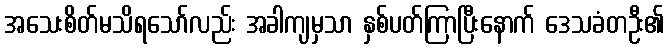
အသေးစိတ်မသိရသော်လည်း အခါကျမှသာ နှစ်ပတ်ကြာပြီးနောက် ဒေသခံတဦး၏